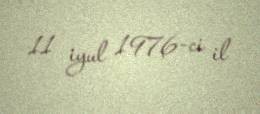
11 iyul 1976-ci il